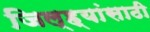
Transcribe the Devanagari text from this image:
जिल्ह्यांसाठी